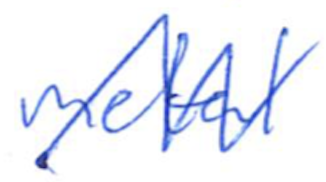
Text: metal
Cross-out: zig-zag
Writing tool: ballpoint